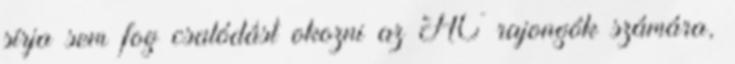
sírja sem fog csalódást okozni az AC rajongók számára,